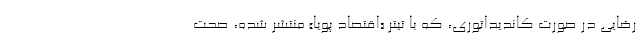
رضایی در صورت کاندیداتوری، که با تیتر «اقتصاد پویا» منتشر شده، صحت